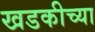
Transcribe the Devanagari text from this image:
खडकीच्या